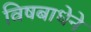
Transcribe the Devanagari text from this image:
विषबाधेने